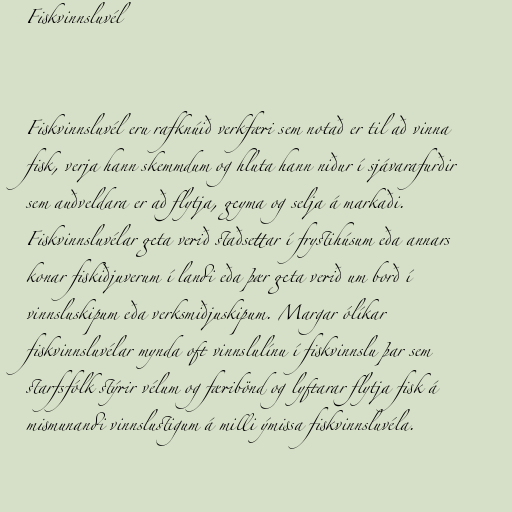
Fiskvinnsluvél

Fiskvinnsluvél eru rafknúið verkfæri sem notað er til að vinna
fisk, verja hann skemmdum og hluta hann niður í sjávarafurðir
sem auðveldara er að flytja, geyma og selja á markaði.
Fiskvinnsluvélar geta verið staðsettar í frystihúsum eða annars
konar fiskiðjuverum í landi eða þær geta verið um borð í
vinnsluskipum eða verksmiðjuskipum. Margar ólíkar
fiskvinnsluvélar mynda oft vinnslulínu í fiskvinnslu þar sem
starfsfólk stýrir vélum og færibönd og lyftarar flytja fisk á
mismunandi vinnslustigum á milli ýmissa fiskvinnsluvéla.